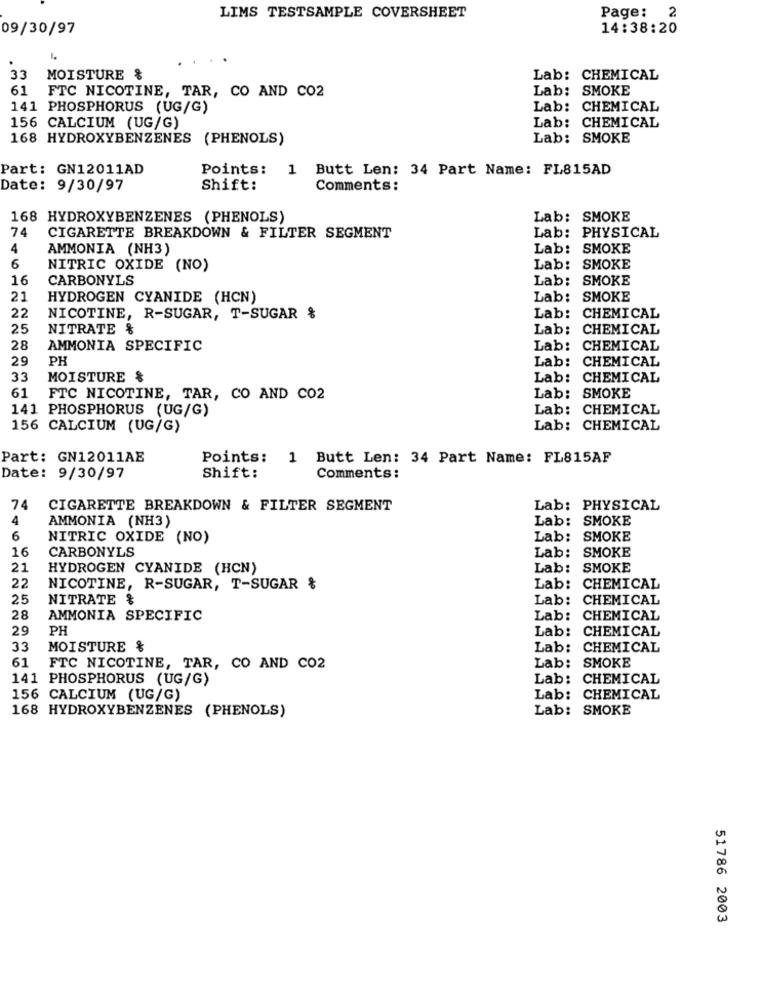
LIMS TESTSAMPLE COVERSHEET
Page: 2
09/30/97
14:38:20
33
MOISTURE &
Lab: CHEMICAL
61
FTC NICOTINE, TAR, CO AND CO2
Lab: SMOKE
141 PHOSPHORUS (UG/G)
Lab: CHEMICAL
156 CALCIUM (UG/G)
Lab: CHEMICAL
168 HYDROXYBENZENES (PHENOLS)
Lab: SMOKE
Part: GN12011AD
Points: 1 Butt Len: 34 Part Name: FL815AD
Date: 9/30/97
Shift:
Comments:
168 HYDROXYBENZENES (PHENOLS)
Lab: SMOKE
74
Lab: PHYSICAL
CIGARETTE BREAKDOWN & FILTER SEGMENT
4
AMMONIA (NH3)
Lab: SMOKE
6
NITRIC OXIDE (NO)
Lab: SMOKE
16
CARBONYLS
Lab: SMOKE
21
HYDROGEN CYANIDE (HCN)
Lab: SMOKE
22
NICOTINE, R-SUGAR, T-SUGAR %
Lab: CHEMICAL
25
NITRATE &
Lab:
CHEMICAL
28
AMMONIA SPECIFIC
Lab:
CHEMICAL
29
PH
Lab:
CHEMICAL
33
MOISTURE &
Lab: CHEMICAL
61
FTC NICOTINE, TAR, CO AND CO2
Lab: SMOKE
141 PHOSPHORUS (UG/G)
Lab: CHEMICAL
156 CALCIUM (UG/G)
Lab: CHEMICAL
Part: GN12011AE
Points: 1 Butt Len: 34 Part Name: FL815AF
Date: 9/30/97
Shift:
Comments:
74
CIGARETTE BREAKDOWN & FILTER SEGMENT
Lab: PHYSICAL
4
AMMONIA (NH3)
Lab: SMOKE
6
NITRIC OXIDE (NO)
Lab: SMOKE
16
CARBONYLS
Lab: SMOKE
21
HYDROGEN CYANIDE (HCN)
Lab: SMOKE
22
NICOTINE, R-SUGAR, T-SUGAR &
Lab: CHEMICAL
25
NITRATE &
Lab: CHEMICAL
28
AMMONIA SPECIFIC
Lab: CHEMICAL
29
PH
Lab: CHEMICAL
33
MOISTURE &
Lab: CHEMICAL
61
FTC NICOTINE, TAR, CO AND CO2
Lab: SMOKE
141 PHOSPHORUS (UG/G)
Lab: CHEMICAL
156 CALCIUM (UG/G)
Lab: CHEMICAL
168 HYDROXYBENZENES (PHENOLS)
Lab: SMOKE
51786 2003